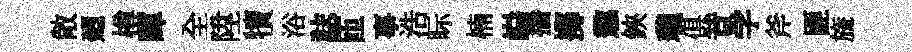
敞廼樽暉全陞犢浴誌匝事浩眎楠巋播擲懲鋏瓏俱昔学斧匪旒